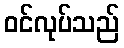
ဝင်လုပ်သည်